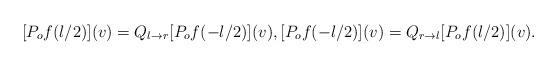
LaTeX: \begin{align*} [P_o f(l/2)](v) = Q_{l\rightarrow r} [P_o f(-l/2)](v), [P_o f(-l/2)](v) = Q_{r\rightarrow l} [P_o f(l/2)](v).\end{align*}